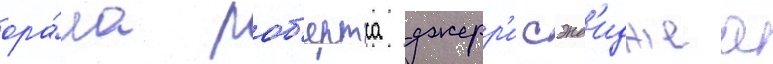
ора́ла роб'ертса джерр'и сэнд'иджеа